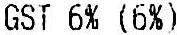
GST 6% (6)